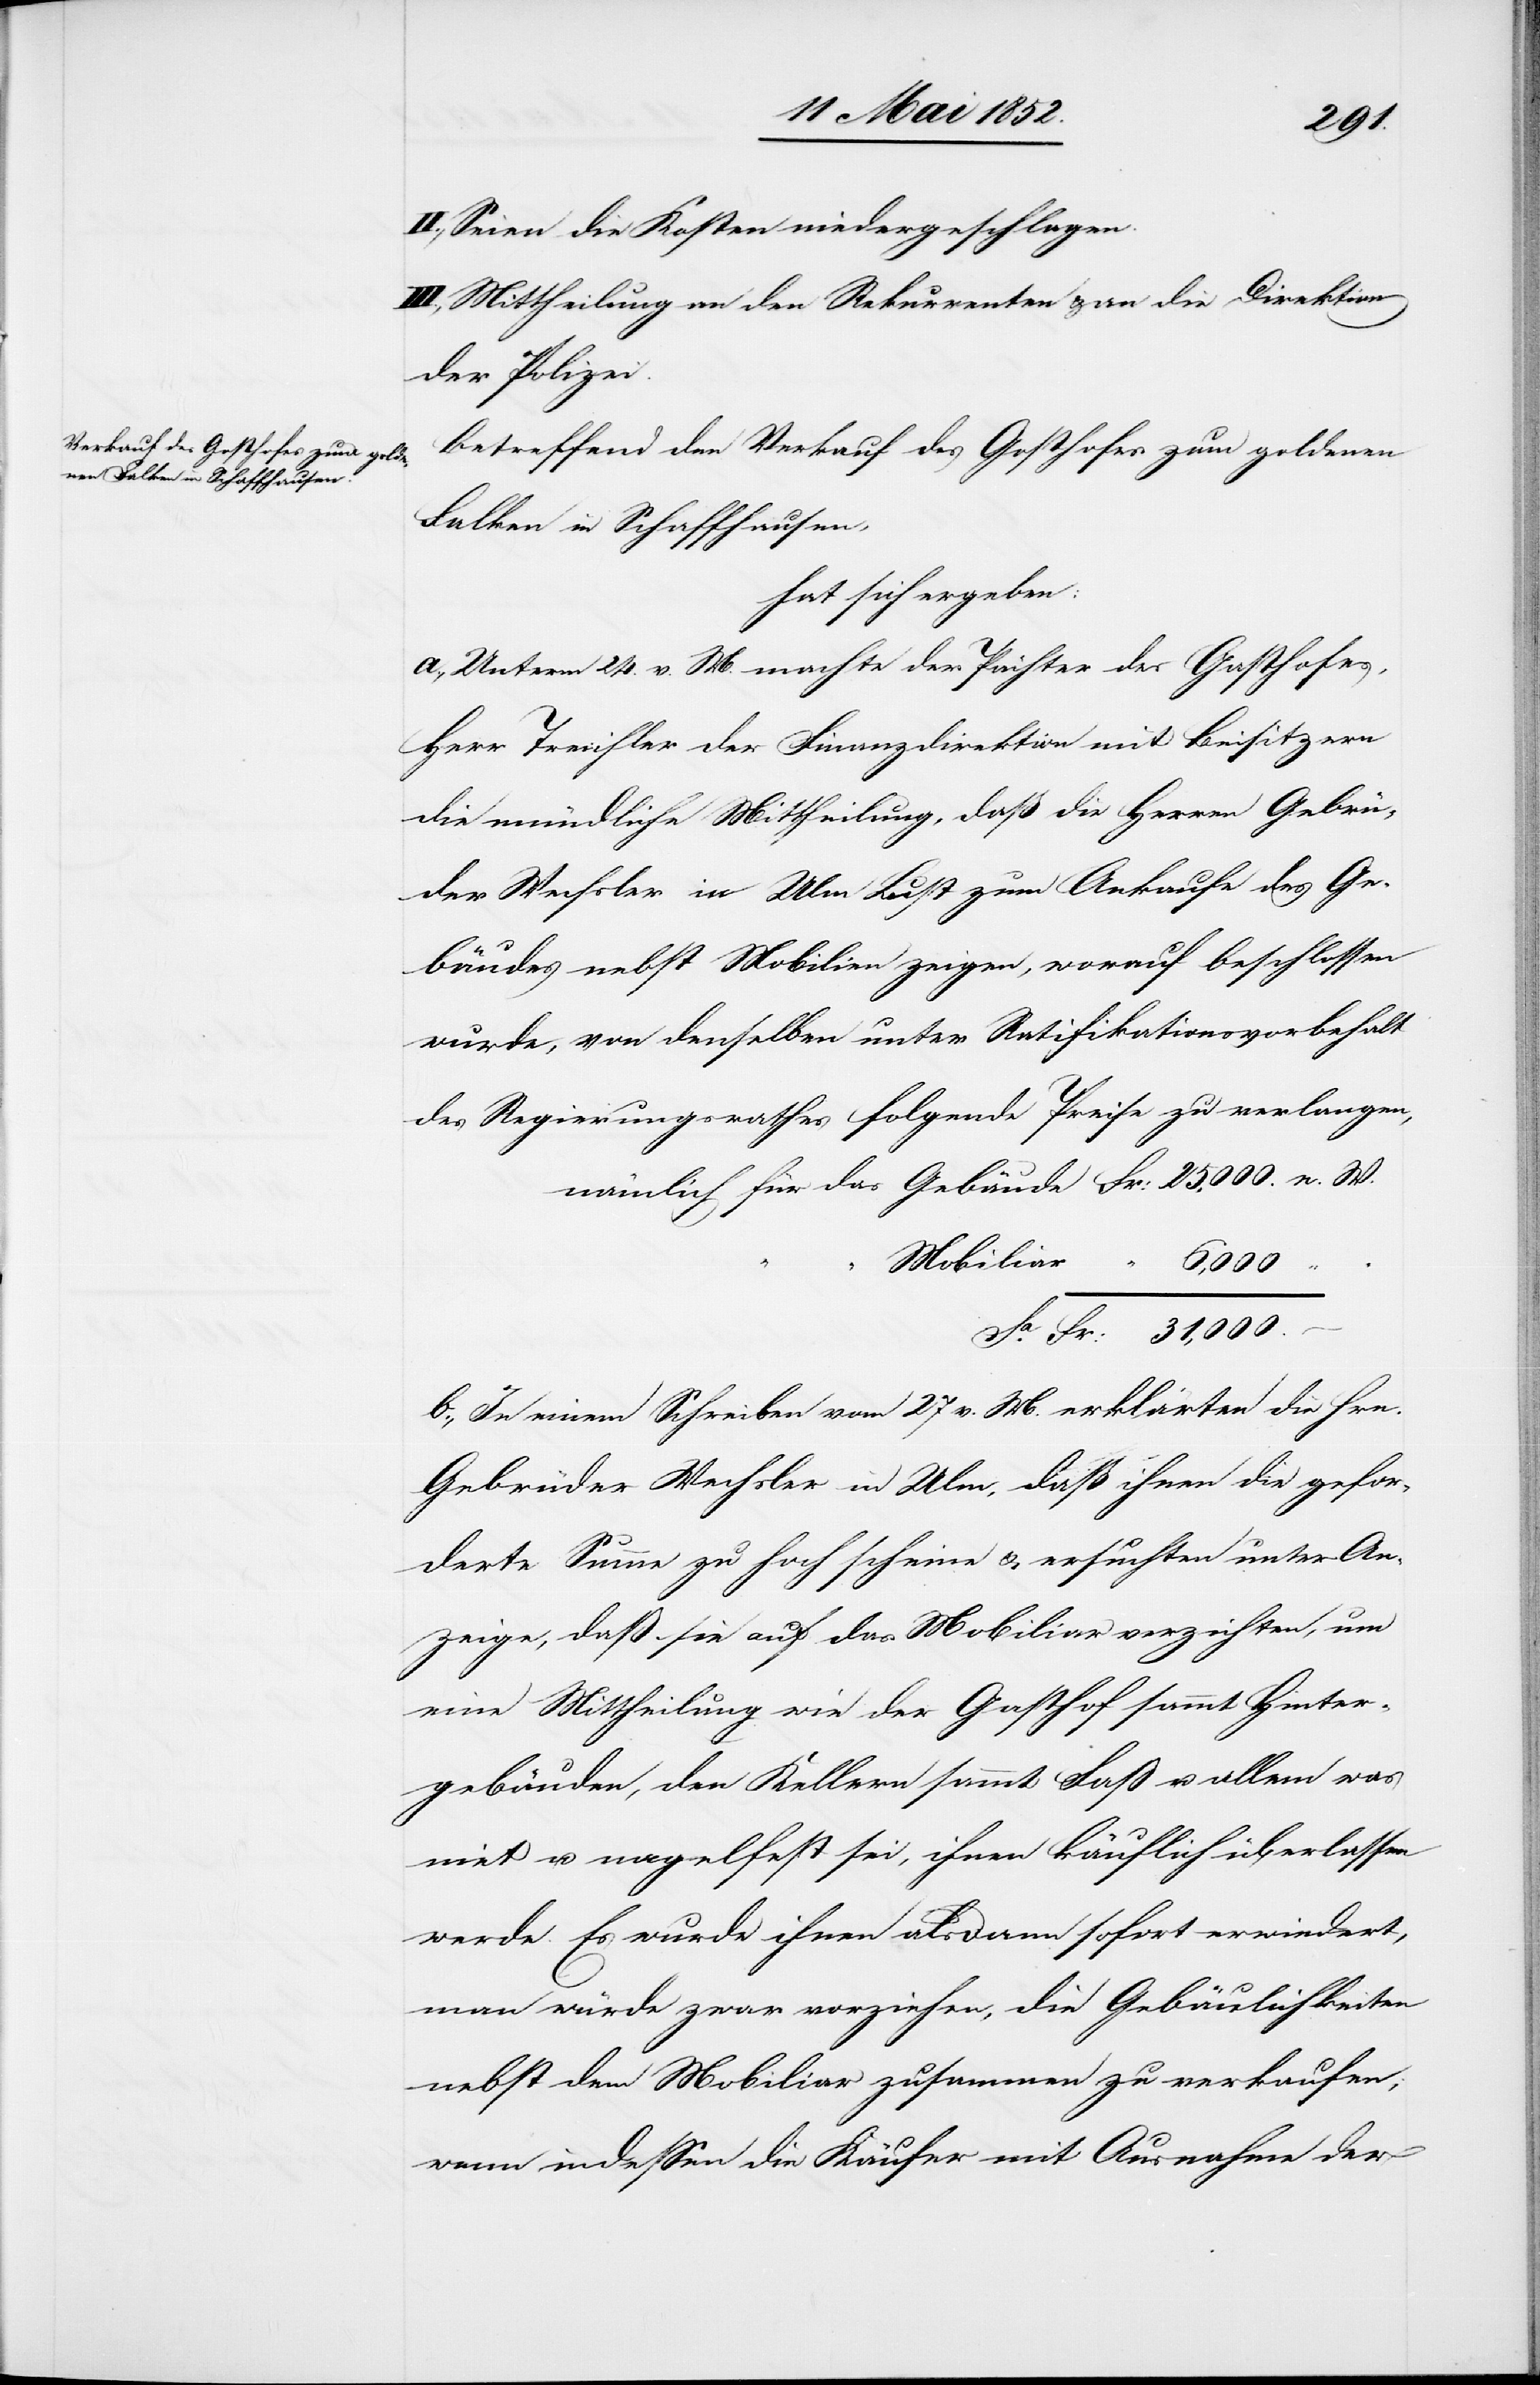
25,000.
II., Seien die Kosten niedergeschlagen.
III., Mittheilung an den Rekurrenten & an die Direktion
der Polizei.
Betreffend den Verkauf des Gosthofes [sic!] zum goldenen
Falken in Schaffhausen,
hat sich ergeben:
a., Unterm 24. v. M. machte der Pächter des Gasthofes,
Herr Treichler der Finanzdirektion mit Beisitzern
die mündliche Mittheilung, daß die Herren Gebrü¬
der Wechsler in Ulm Lust zum Ankaufe des Ge¬
bäudes nebst Mobilien zeigen, worauf beschlossen
wurde, von denselben unter Ratifikationsvorbehalt
des Regierungsrathes folgende Preise zu verlangen,
Mobiliar
6,000
Fr: 31,000.
b., In einem Schreiben vom 27 v. M. erklärten die Hrn.
Gebrüder Wechsler in Ulm, daß ihnen die gefor¬
derte Summe zu hoch scheine & ersuchten unter An¬
zeige, daß sie auf das Mobiliar verzichten, um
eine Mittheilung wie der Gasthof sammt Hinter¬
gebäuden, den Kellern sammt Faß u. allem was
niet u. nagelfest sei, ihnen käuflich überlassen
werde. Es wurde ihnen alsdann sofort erwiedert,
man würde zwar vorziehen, die Gebäulichkeiten
nebst dem Mobiliar zusammen zu verkaufen;
wenn indessen die Käufer mit Ausnahme der